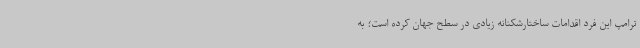
ترامپ این فرد اقدامات ساختارشکنانه زیادی در سطح جهان کرده است؛ به